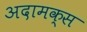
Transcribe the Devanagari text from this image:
अदामक्स